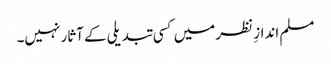
مسلم اندازِ نظر میں کسی تبدیلی کے آثار نہیں۔